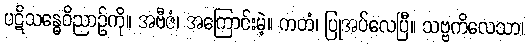
ပဋိသန္ဓေဝိညာဉ်ကို။ အဗီဇံ၊ အကြောင်းမဲ့။ ကတံ၊ ပြုအပ်လေပြီ။ သဗ္ဗကိလေသာ၊